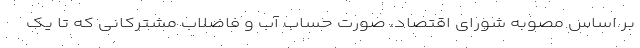
بر اساس مصوبه شورای اقتصاد، صورت حساب آب و فاضلاب مشترکانی که تا یک